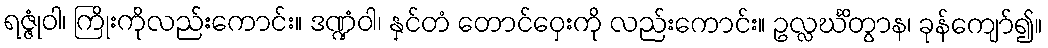
ရဇ္ဇုံဝါ၊ ကြိုးကိုလည်းကောင်း။ ဒဏ္ဍံဝါ၊ နှင်တံ တောင်ဝှေးကို လည်းကောင်း။ ဥလ္လင်္ဃိတွာန၊ ခုန်ကျော်၍။